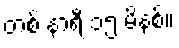
တစ် နာရီ ၁၅ မိနစ်။